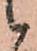
候